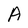
Character: A